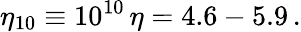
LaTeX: \eta_{10}\equiv 10^{10}\, \eta=4.6-5.9\, .